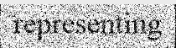
representing